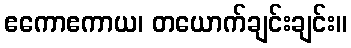
ဧကောဧကာယ၊ တယောက်ချင်းချင်း။